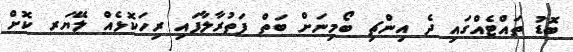
ބޮޑު ތައްޓެއްގައި ދެ އިންޗި ބޯމިނަށް ބަތް ފަތުރާލާފައި ރިހަކޮޅެއް ލޭޔަރ ކޮށް